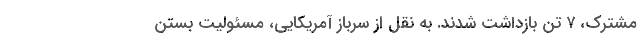
مشترک، ۷ تن بازداشت شدند. به نقل از سرباز آمریکایی، مسئولیت بستن